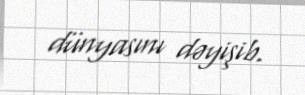
dünyasını dəyişib.